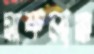
সাফল্যরা